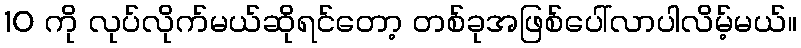
10 ကို လုပ်လိုက်မယ်ဆိုရင်တော့ တစ်ခုအဖြစ်ပေါ်လာပါလိမ့်မယ်။